Vaccination North-Western Provinces 1866-1877 - 1866-1877
Year: 1866
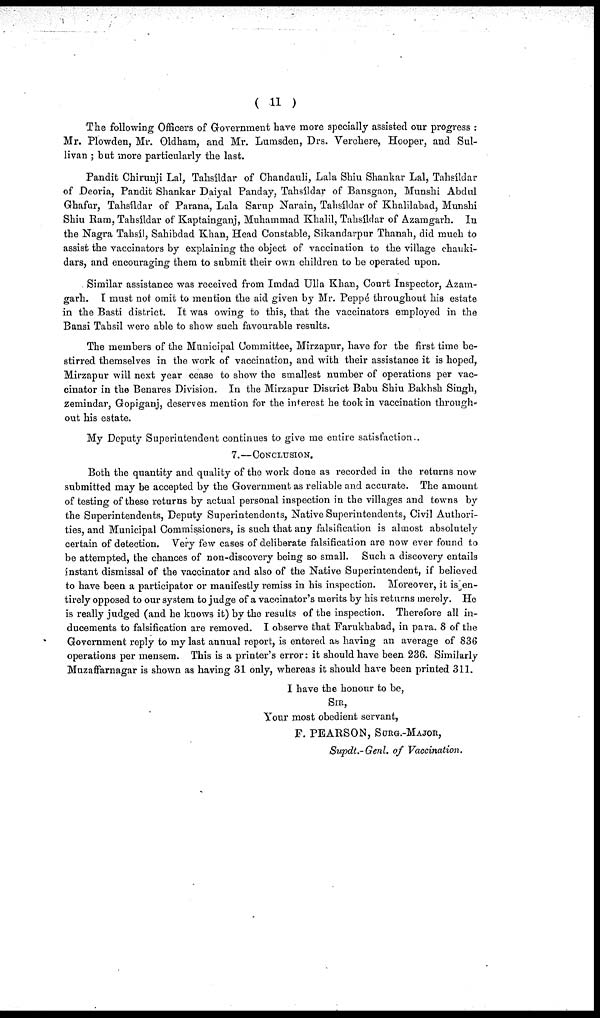
( 11 )
The following Officers of Government have more specially assisted our progress :
Mr. Plowden, Mr. Oldham, and Mr. Lumsden, Drs. Verchere, Hooper, and Sul-
livan ; but more particularly the last.
Pandit Chirunji Lal, Tahsíldar of Chandauli, Lala Shiu Shankar Lal, Tahsíldar
of Deoria, Pandit Shankar Daiyal Panday, Tahsíldar of Bansgaon, Munshi Abdul
Ghafur, Tahsíldar of Parana, Lala Sarup Narain, Tahsíldar of Khalilabad, Munshi
Shiu Ram, Tahsíldar of Kaptainganj, Muhammad Khalil, Tahsíldar of Azamgarh. In
the Nagra Tahsíl, Sahibdad Khan, Head Constable, Sikandarpur Thanah, did much to
assist the vaccinators by explaining the object of vaccination to the village chauki¬
dars, and encouraging them to submit their own children to be operated upon.
Similar assistance was received from Imdad Ulla Khan, Court Inspector, Azam-
garh. I must not omit to mention the aid given by Mr. Peppé throughout his estate
in the Basti district. It was owing to this, that the vaccinators employed in the
Bansi Tahsil were able to show such favourable results.
The members of the Municipal Committee, Mirzapur, have for the first time be-
stirred themselves in the work of vaccination, and with their assistance it is hoped,
Mirzapur will next year cease to show the smallest number of operations per vac¬
cinator in the Benares Division. In the Mirzapur District Babu Shiu Bakhsh Singh,
zemindar, Gopiganj, deserves mention for the interest he took in vaccination through-
out his estate.
My Deputy Superintendent continues to give me entire satisfaction..
7.— CONCLUSION.
Both the quantity and quality of the work done as recorded in the returns now
submitted may be accepted by the Government as reliable and accurate. The amount
of testing of these returns by actual personal inspection in the villages and towns by
the Superintendents, Deputy Superintendents, Native Superintendents, Civil Authori-
ties, and Municipal Commissioners, is such that any falsification is almost absolutely
certain of detection. Very few cases of deliberate falsification are now ever found to
be attempted, the chances of non-discovery being so small. Such a discovery entails
instant dismissal of the vaccinator and also of the Native Superintendent, if believed
to have been a participator or manifestly remiss in his inspection. Moreover, it is en-
tirely opposed to our system to judge of a vaccinator's merits by his returns merely. He
is really judged (and he knows it) by the results of the inspection. Therefore all in-
ducements to falsification are removed. I observe that Farukhabad, in para. 8 of the
Government reply to my last annual report, is entered as having an average of 836
operations per mensem. This is a printer's error: it should have been 236. Similarly
Muzaffarnagar is shown as having 31 only, whereas it should have been printed 311.
I have the honour to be,
SIR,
Your most obedient servant,
F. PEARSON, SURG.-MAJOR,
Supdt.-Genl. of Vaccination.